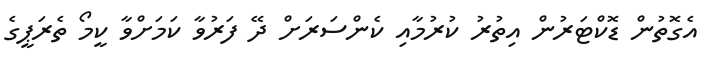
އެގޮތުން ޑޮކްޓަރުން އިތުރު ކުރުމާއި ކެންސަރަށް ދޭ ފަރުވާ ކަމަށްވާ ކީމޯ ތެރަޕީގެ